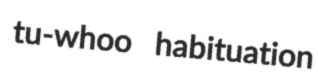
tu-whoo habituation